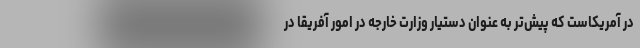
در آمریکاست که پیش‌تر به عنوان دستیار وزارت خارجه در امور آفریقا در